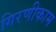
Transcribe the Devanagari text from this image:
गिरणीकाम